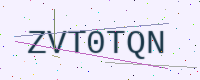
Text: ZVT0TQN